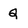
Character: Q